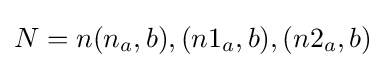
N=n(n_{a},b),(n1_{a},b),(n2_{a},b)